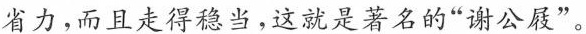
省力，而且走得稳当，这就是著名的”谢公屐”。